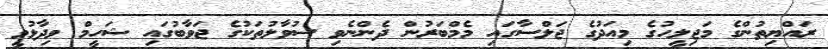
ރައްޔިތުންގެ މަޖިލީހުގެ މިއަދުގެ ޖަލްސާގައި މެމްބަރުން ދެންނެވި ސުވާލުތަކުގެ ޖަވާބުގައި ޝަހީމް ވިދާޅުވީ